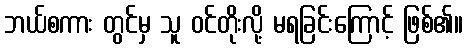
ဘယ်စကား တွင်မှ သူ ဝင်တိုးလို့ မရခြင်းကြောင့် ဖြစ်၏။